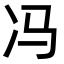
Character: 冯